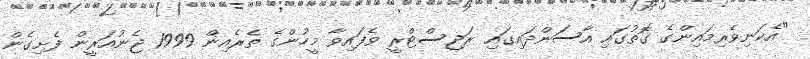
"އެކަނިވެރިމައިންގެ ގޮތުގައި އާސަންދައިގައި ރަޖިސްޓްރީ ވެފައިވާ މީހުންގެ ތެރެއިން 1999 ޖެނުއަރީން ފެށިގެން